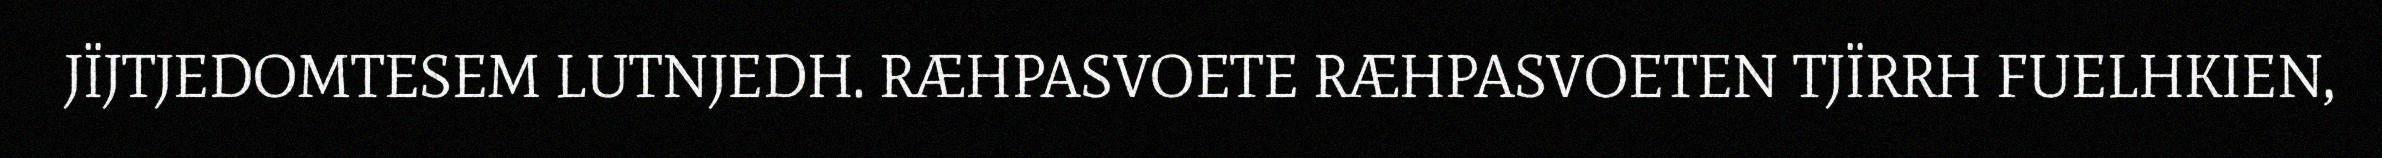
JÏJTJEDOMTESEM LUTNJEDH. RÆHPASVOETE RÆHPASVOETEN TJÏRRH FUELHKIEN,